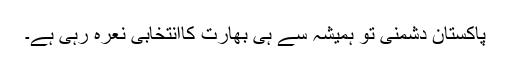
پاکستان دشمنی تو ہمیشہ سے ہی بھارت کاانتخابی نعرہ رہی ہے۔